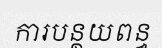
ការបន្ថយពន្ធ